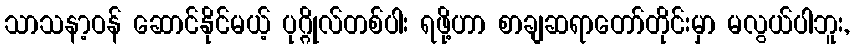
သာသနာ့ဝန် ဆောင်နိုင်မယ့် ပုဂ္ဂိုလ်တစ်ပါး ရဖို့ဟာ စာချဆရာတော်တိုင်းမှာ မလွယ်ပါဘူး,